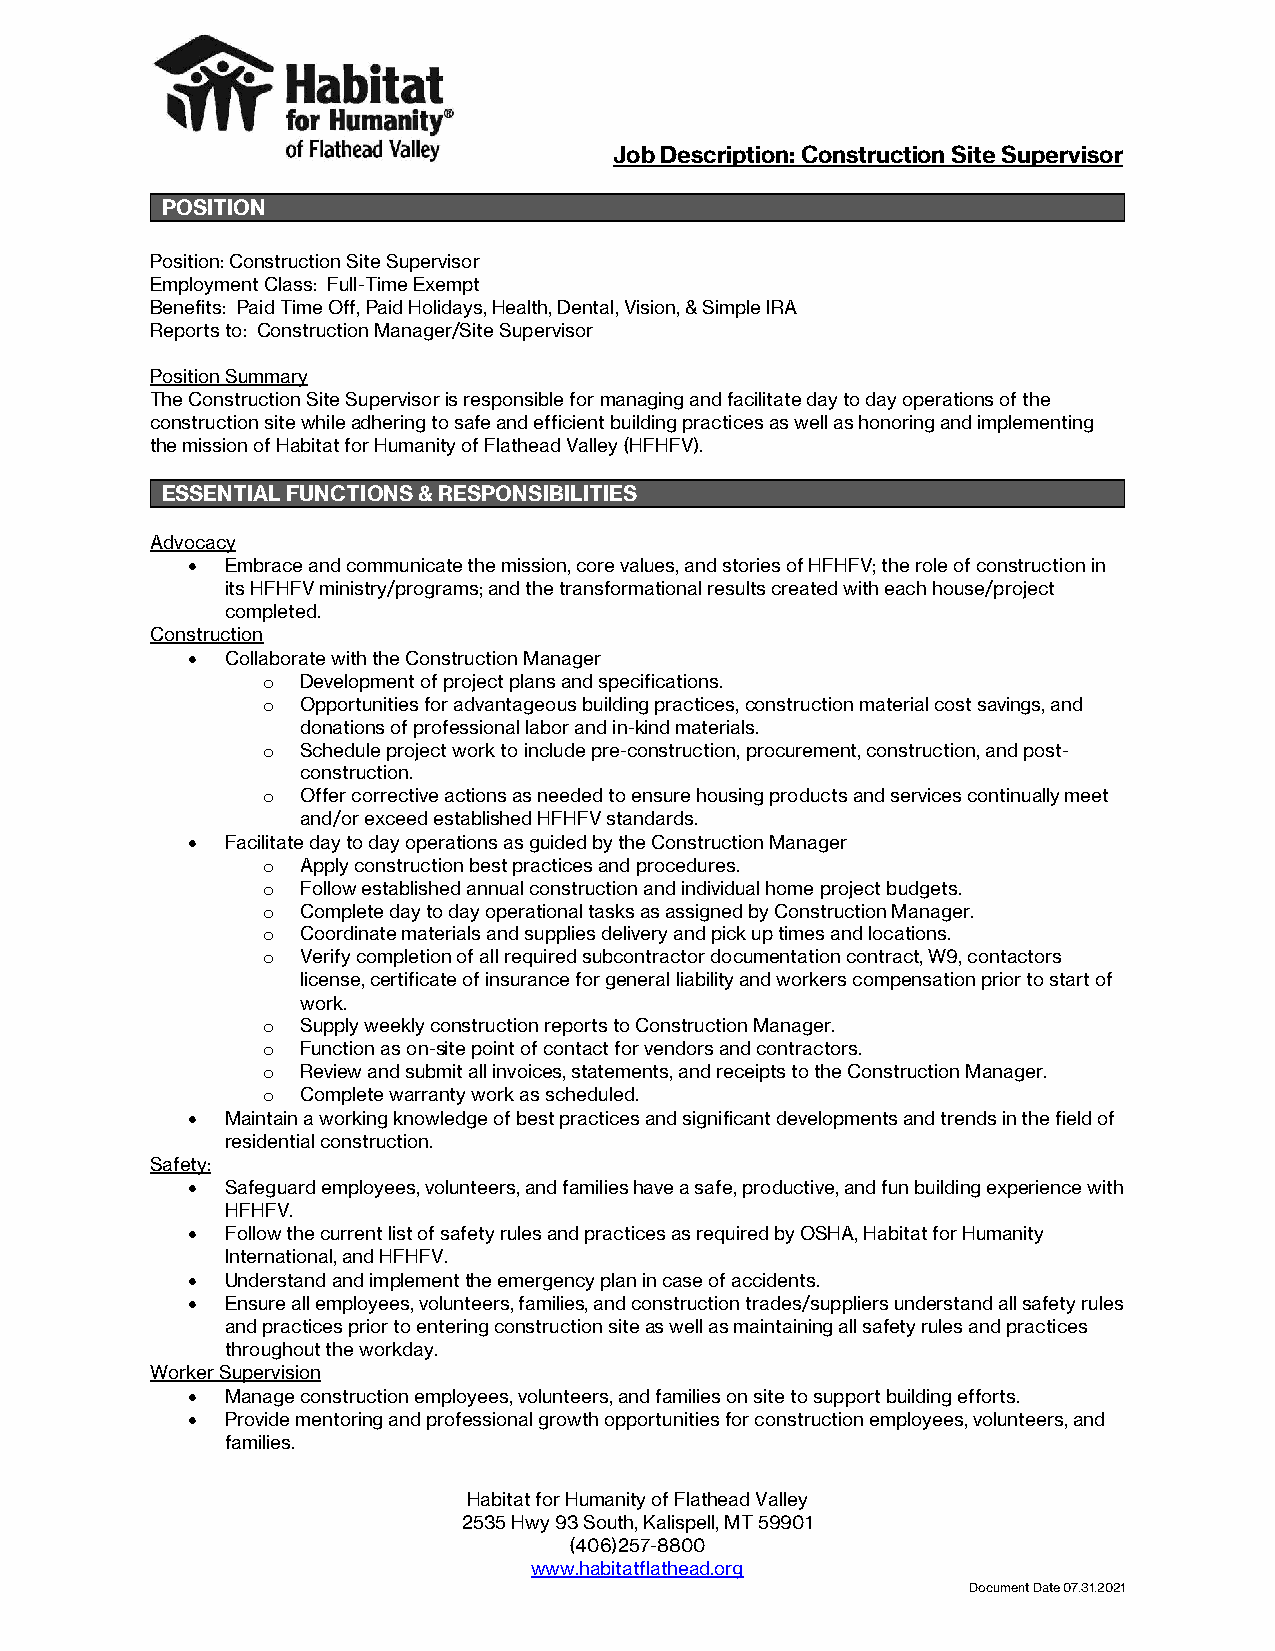
Job Description: Construction Site Supervisor
 POSITION
 Position: Construction Site Supervisor
 Employment Class: Full-Time Exempt
 Benefits: Paid Time Off, Paid Holidays, Health, Dental, Vision, & Simple IRA
 Reports to: Construction Manager/Site Supervisor
 Position Summary
 The Construction Site Supervisor is responsible for managing and facilitate day to day operations of the
 construction site while adhering to safe and efficient building practices as well as honoring and implementing
 the mission of Habitat for Humanity of Flathead Valley (HFHFV).
 ESSENTIAL FUNCTIONS & RESPONSIBILITIES
 Advocacy
 •  Embrace and communicate the mission, core values, and stories of HFHFV; the role of construction in
 its HFHFV ministry/programs; and the transformational results created with each house/project
 completed.
 Construction
 •  Collaborate with the Construction Manager
 o  Development of project plans and specifications.
 o  Opportunities for advantageous building practices, construction material cost savings, and
 donations of professional labor and in-kind materials.
 o  Schedule project work to include pre-construction, procurement, construction, and post-
 construction.
 o  Offer corrective actions as needed to ensure housing products and services continually meet
 and/or exceed established HFHFV standards.
 •  Facilitate day to day operations as guided by the Construction Manager
 o  Apply construction best practices and procedures.
 o  Follow established annual construction and individual home project budgets.
 o  Complete day to day operational tasks as assigned by Construction Manager.
 o  Coordinate materials and supplies delivery and pick up times and locations.
 o  Verify completion of all required subcontractor documentation contract, W9, contactors
 license, certificate of insurance for general liability and workers compensation prior to start of
 work.
 o  Supply weekly construction reports to Construction Manager.
 o  Function as on-site point of contact for vendors and contractors.
 o  Review and submit all invoices, statements, and receipts to the Construction Manager.
 o  Complete warranty work as scheduled.
 •  Maintain a working knowledge of best practices and significant developments and trends in the field of
 residential construction.
 Safety:
 •  Safeguard employees, volunteers, and families have a safe, productive, and fun building experience with
 HFHFV.
 •  Follow the current list of safety rules and practices as required by OSHA, Habitat for Humanity
 International, and HFHFV.
 •  Understand and implement the emergency plan in case of accidents.
 •  Ensure all employees, volunteers, families, and construction trades/suppliers understand all safety rules
 and practices prior to entering construction site as well as maintaining all safety rules and practices
 throughout the workday.
 Worker Supervision
 •  Manage construction employees, volunteers, and families on site to support building efforts.
 •  Provide mentoring and professional growth opportunities for construction employees, volunteers, and
 families.
 Habitat for Humanity of Flathead Valley
 2535 Hwy 93 South, Kalispell, MT 59901
 (406)257-8800
 www.habitatflathead.org
 Document Date 07.31.2021